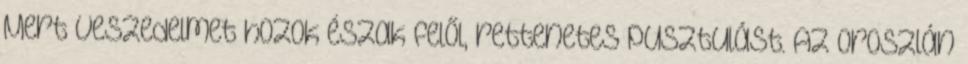
Mert veszedelmet hozok észak felől, rettenetes pusztulást. Az oroszlán